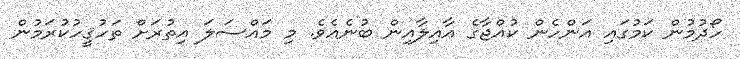
ހޯދުމުން ކަމުގައި އަންހެން ކުއްޖާގެ އާއިލާއިން ބުނެއެވެ. މި މައްސަލަ އިތުރަށް ތަހުޤީހުކުރަމުން